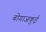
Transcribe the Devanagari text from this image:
बोगाजकुई